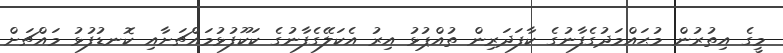
މީގެ އިތުރުން މުޙައްމަދުގެފާނުގެ ކާފަދަރިން ތުއްޕުޅު އިރު އެކަލޭގެފާނުގެ ކަކޫފުޅުމައްޗަށާއި ކޮނޑުފުޅު މައްޗަށް